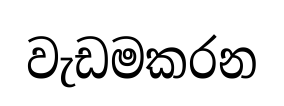
වැඩමකරන